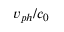
v _ { p h } / c _ { 0 }